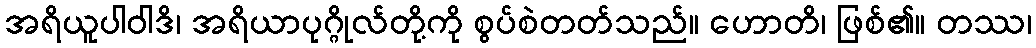
အရိယူပါဝါဒိ၊ အရိယာပုဂ္ဂိုလ်တို့ကို စွပ်စဲတတ်သည်။ ဟောတိ၊ ဖြစ်၏။ တဿ၊